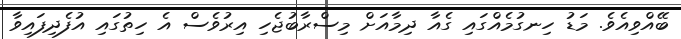
ބޭއްވިއެވެ. މަޑު ހިނގުމެއްގައި ގެއާ ދިމާއަށް މިސްރާބުޖެހި އިރުވެސް އެ ހިތުގައި އުފެދިފައިވާ